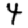
Digit: 4